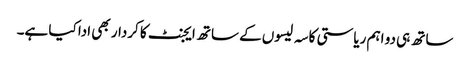
ساتھ ہی دو اہم ریاستی کاسہ لیسوں کے ساتھ ایجنٹ کا کردار بھی ادا کیا ہے۔